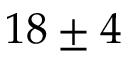
1 8 \pm 4